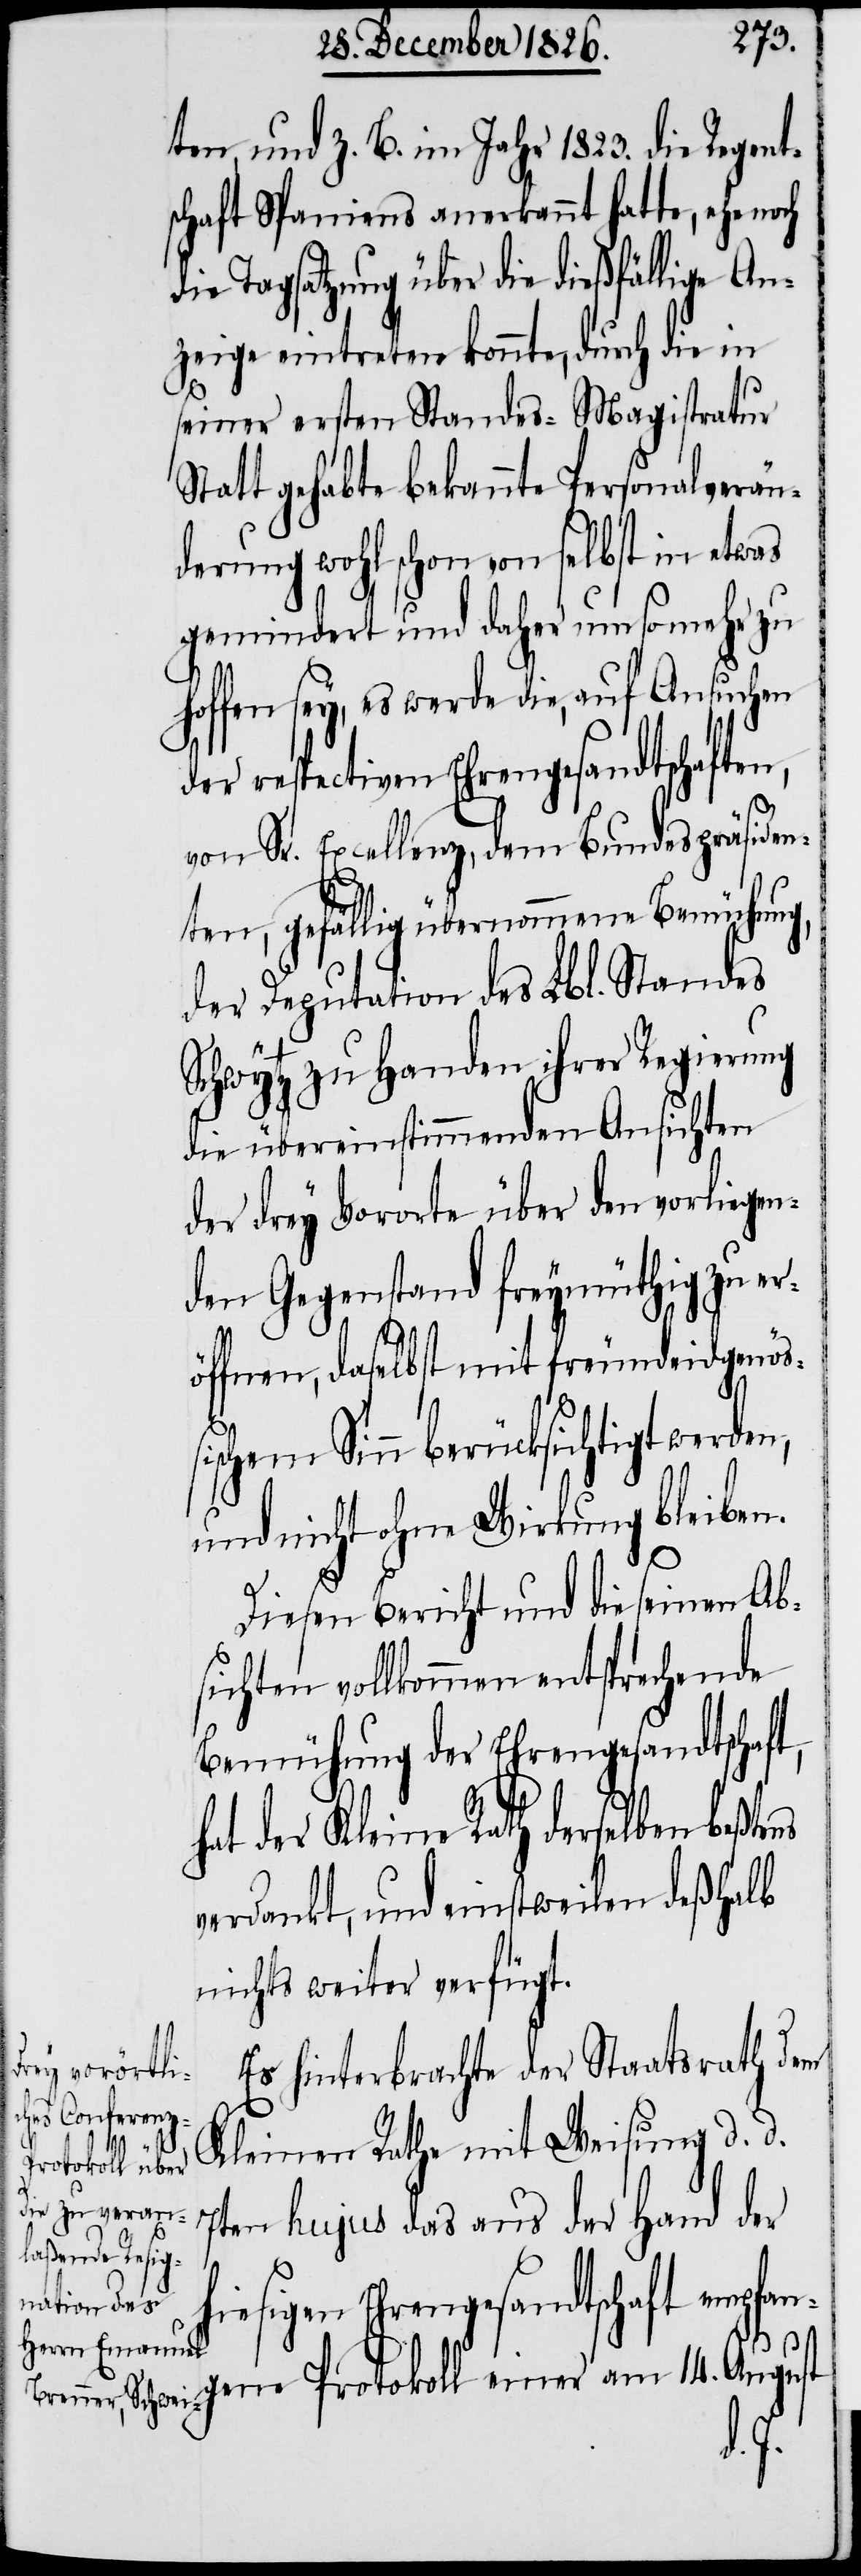
ten, und z. B. im Jahr 1823. die Regent¬
schaft Spaniens anerkannt hatte, ehe noch
die Tagsatzung über die dießfällige An¬
zeige eintreten konnte, durch die in
seiner ersten Standes-Magistratur
Statt gehabte bekannte Personalverän¬
derung wohl schon von selbst in etwas
gemindert und daher um so mehr zu
hoffen sey, es werde die, auf Ansuchen
der respectiven Ehrengesandtschaften,
von Sr. Excellenz, dem Bundespräsiden¬
ten, gefällig übernommene Bemühung,
der Deputation des Lbl. Standes
Schwytz zu Handen ihrer Regierung
die übereinstimmenden Ansichten
der drey Vororte über den vorliegen¬
den Gegenstand freymüthig zu er¬
öffnen, daselbst mit freundeidgenöß¬
ischem Sinn berücksichtigt werden,
und nicht ohne Wirkung bleiben.
Diesen Bericht und die seinen Ab¬
sichten vollkommen entsprechende
Bemühung der Ehrengesandtschaft,
hat der Kleine Rath derselben beßtens
verdankt, und einstweilen deßhalb
nichts weiter verfügt.
Es hinterbrachte der Staatsrath dem
Kleinen Rathe mit Weisung d. d.
7ten hujus das aus der Hand der
hiesigen Ehrengesandtschaft empfan¬
gene Protokoll einer am 14. August